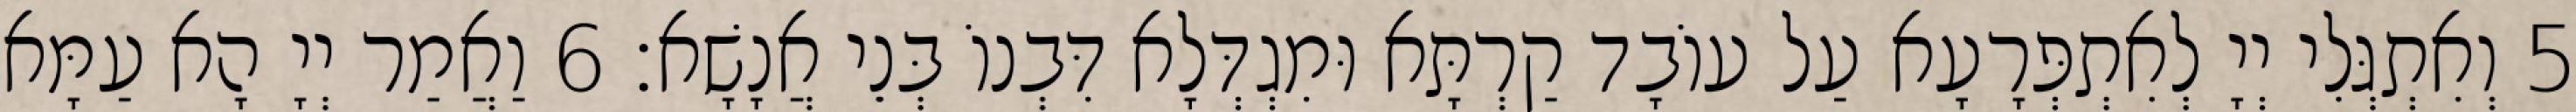
5 וְאִתְגְּלִי יְיָ לְאִתְפְּרָעָא עַל עוֹבָד קַרְתָּא וּמִגְדְּלָא דִּבְנוֹ בְּנֵי אֲנָשָׁא׃ 6 וַאֲמַר יְיָ הָא עַמָּא